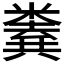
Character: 𢍨